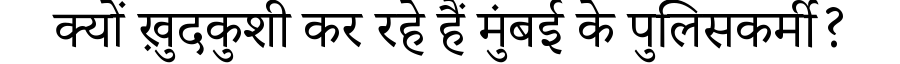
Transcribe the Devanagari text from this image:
क्यों ख़ुदकुशी कर रहे हैं मुंबई के पुलिसकर्मी?